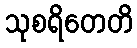
သုစရိတေတိ